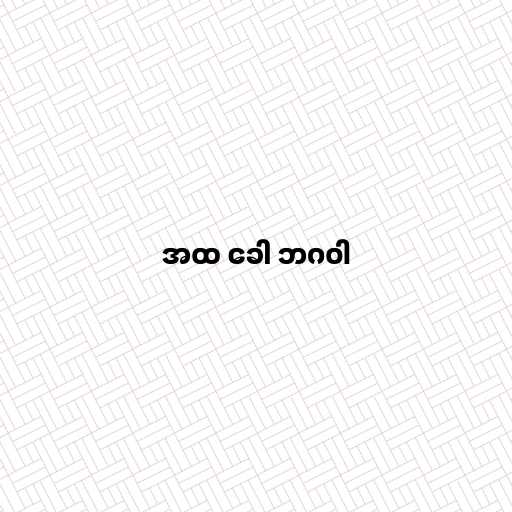
အထ ခေါ ဘဂဝါ